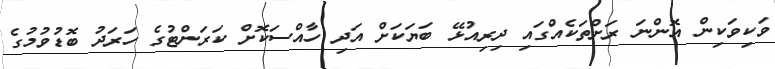
ވަކިވަކިން އޮންނަ ރަށްތަކެއްގައި ދިރިއުޅޭ ބަޔަކަށް އަދި ހާއްސަކޮށް ކަރަންޓުގެ ހަރަދު ބޮޑުވުމުގެ